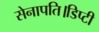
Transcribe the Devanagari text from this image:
सेनापति।डिप्टी